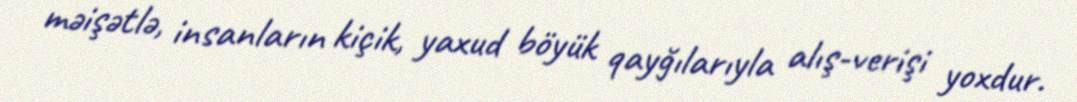
məişətlə, insanların kiçik, yaxud böyük qayğılarıyla alış-verişi yoxdur.